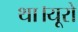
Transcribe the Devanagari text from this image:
था।यूरो